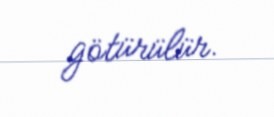
götürülür.